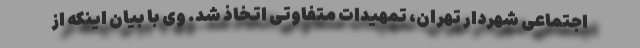
اجتماعی شهردار تهران، تمهیدات متفاوتی اتخاذ شد. وی با بیان اینکه از